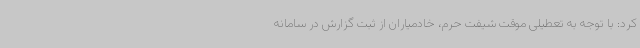
کرد: با توجه به تعطیلی موقت شیفت حرم، خادمیاران از ثبت گزارش در سامانه